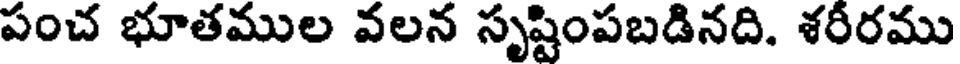
పంచ భూతముల వలన సృష్టింపబడినది. శరీరము